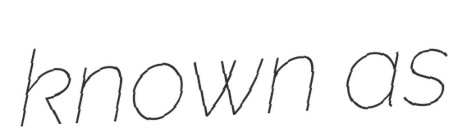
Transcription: known as